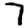
Digit: 7